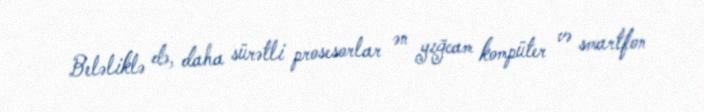
Beləliklə də, daha sürətli prosesorlar ən yığcam kompüter və smartfon